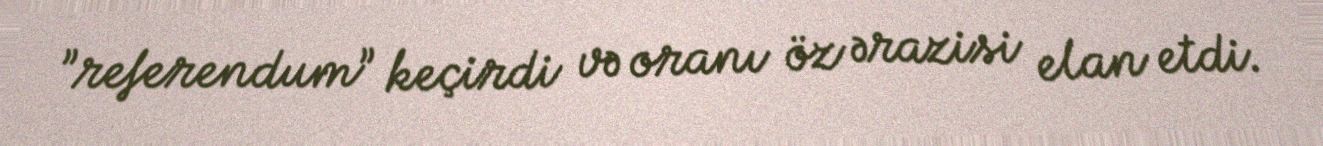
”referendum” keçirdi və oranı öz ərazisi elan etdi.